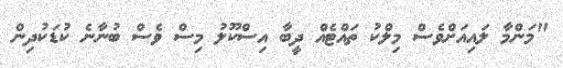
"މަންމާ ލައިއަށްވެސް މިލްކު ތައްޓެއް ދީބާ އިސްކޫލު މިސް ވެސް ބުނާނެ ކުޑަކުދިން